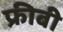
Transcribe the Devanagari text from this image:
फ्रीबी